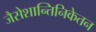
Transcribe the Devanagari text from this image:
जैसेशान्तिनिकेतन